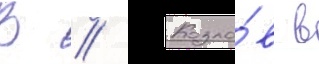
В // Козло́в в